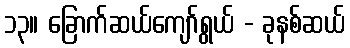
၁၃။ ခြောက်ဆယ်ကျော်ရွယ် - ခုနစ်ဆယ်